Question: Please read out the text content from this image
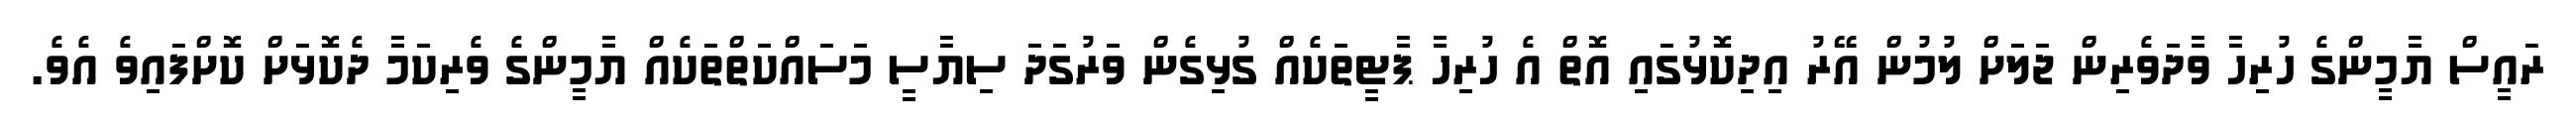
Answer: ރައީސް ޔާމީންގެ ހުރިހާ ވާދަވެރިން ޖަލަށް ލުމުން އޭރު އިދިކޮޅުގައި އޮތް އެ ހުރިހާ ޕާޓީތަކެއް ގުޅިގެން ވަރުގަދަ ސިޔާސީ މަސައްކަތްތަކެއް ޔާމީންގެ ވެރިކަމާ ދެކޮޅަށް ކޮށްފައިވެ އެވެ.